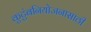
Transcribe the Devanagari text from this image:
कुटुंबनियोजनासाठी